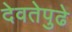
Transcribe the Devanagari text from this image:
देवतेपुढे